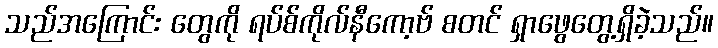
သည်အကြောင်း တွေကို ရပ်စ်ကိုလ်နီကော့ဗ် စတင် ရှာဖွေတွေ့ရှိခဲ့သည်။